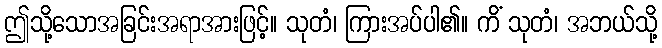
ဤသို့သောအခြင်းအရာအားဖြင့်။ သုတံ၊ ကြားအပ်ပါ၏။ ကိံ သုတံ၊ အဘယ်သို့